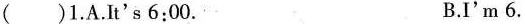
( ) 1. A. It's 6 : 00. B. I'm 6.